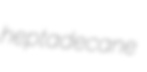
heptadecane